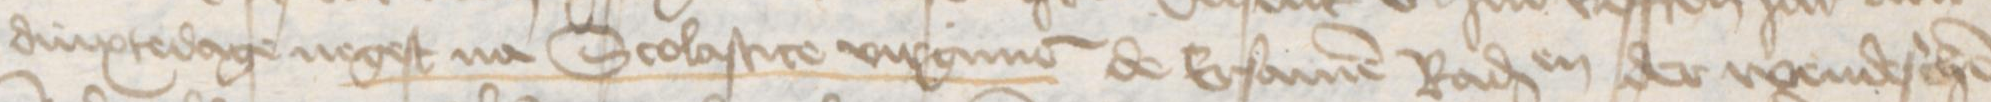
dinxtedage negest na Scolastice virgine de Ersamen Radessendebaden der wendeschen